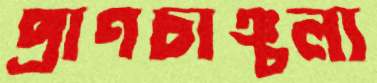
প্রাণচাঞ্চল্য